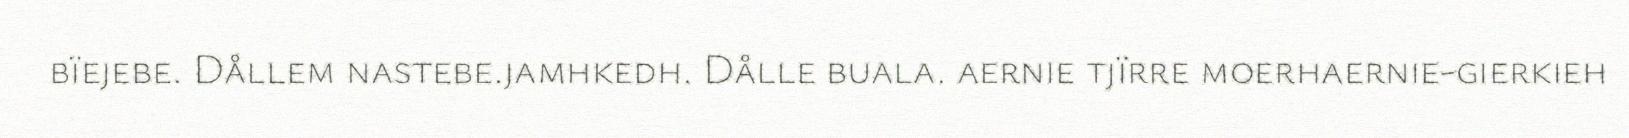
bïejebe. Dållem nastebe.jamhkedh. Dålle buala. aernie tjïrre moerhaernie-gierkieh